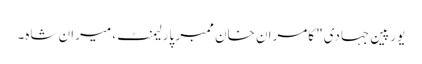
یورپین جہادی" کامران خان ممبر پارلیمنٹ، میران شاہ۔